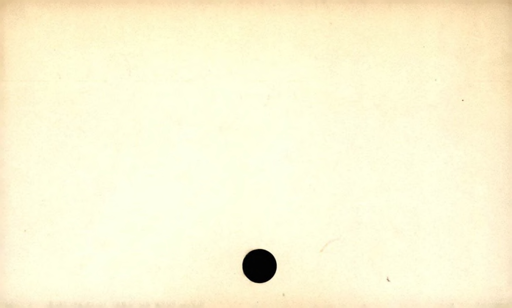
Label: blank